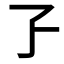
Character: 孒